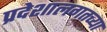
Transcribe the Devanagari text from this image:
प्रदेशालगतच्या